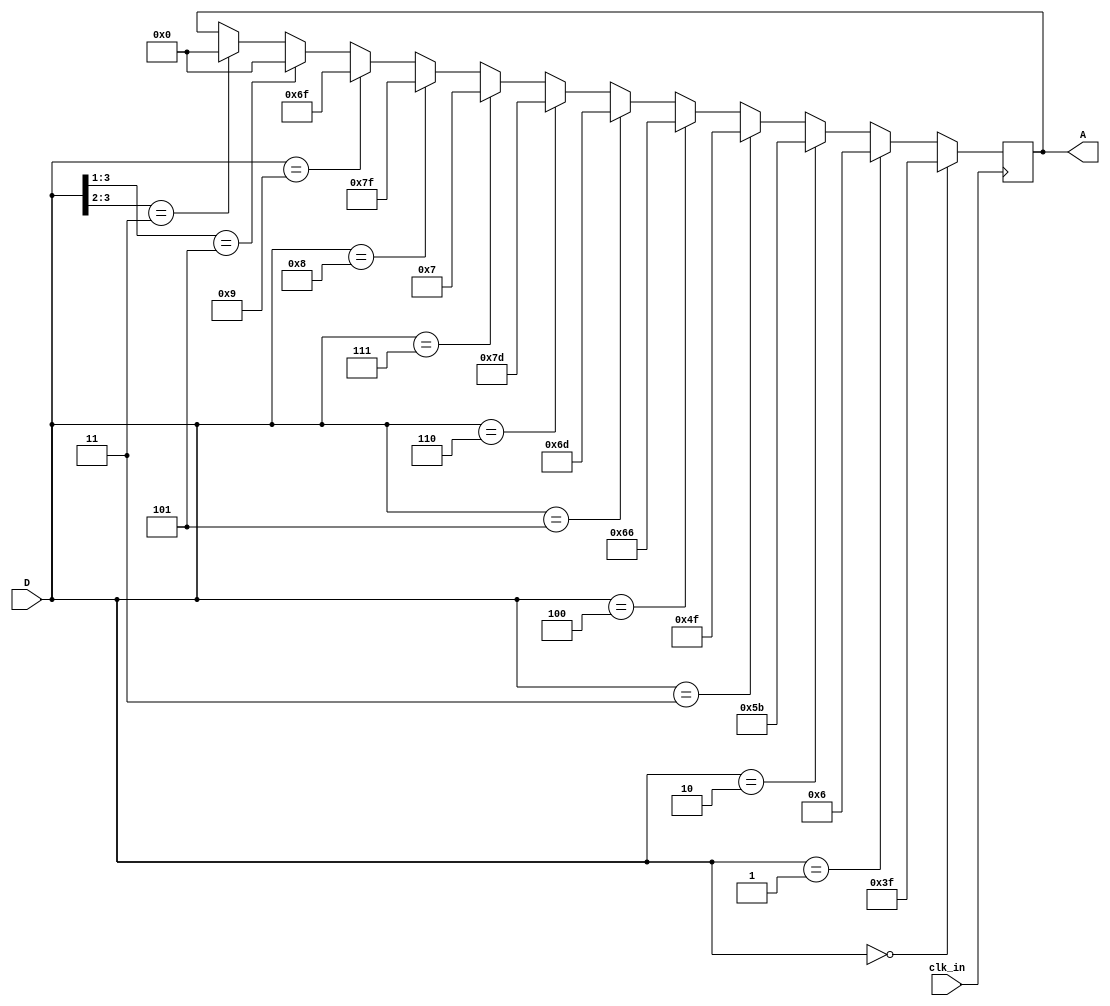
`timescale 1ns / 1ps
//////////////////////////////////////////////////////////////////////////////////
// Company: 
// Engineer: 
// 
// Design Name: 
// Module Name: Lab2_BCD_7segment_decoder__behavior
// Project Name: 
// Target Devices: 
// Tool Versions: 
// Description: 
// 
// Dependencies: 
// 
// Revision:
// Revision 0.01 - File Created
// Additional Comments:
// 
//////////////////////////////////////////////////////////////////////////////////


module Lab2_BCD_7segment_decoder__behavior(
    D,
    A,
    clk_in
    );
    
input clk_in;
input [3:0] D;
output [6:0] A;

reg [7-1:0]A ;

//reg [6:0]A = 7'b0000000;
//assign AA = A;
always@(posedge clk_in) begin

   //A <= 7'b0001000;
    if(D==4'b0000)begin
    A=7'b0111111;
    end 
    else if(D==4'b0001)begin
    A=7'b0000110;
    end  
    else if(D==4'b0010)begin
    A=7'b1011011;
    end
    else if(D==4'b0011)begin
    A=7'b1001111;
    end
    else if(D==4'b0100)begin
    A=7'b1100110;
    end
    else if(D==4'b0101)begin
    A=7'b1101101;
    end
    else if(D==4'b0110)begin
    A=7'b1111101;
    end
    else if(D==4'b0111)begin
    A=7'b0000111;
    end
    else if(D==4'b1000)begin
    A=7'b1111111;
    end        
    else if(D==4'b1001)begin
    A=7'b1101111;
    end
    
    else if(D[3:1]==3'b101)begin
    A=7'b0000000;
    end  
    else if(D[3:2]==2'b11)begin
    A=7'b0000000;
    end  
    
end

endmodule